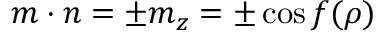
{ \boldsymbol { m } } \cdot { \boldsymbol { n } } = \pm m _ { z } = \pm \cos f ( \rho )